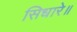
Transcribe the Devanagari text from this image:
सिधारे॥